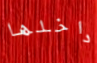
داخلها